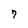
Character: 7